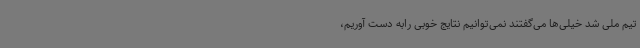
تیم ملی شد خیلی‌ها می‌گفتند نمی‌توانیم نتایج خوبی رابه دست آوریم،